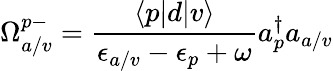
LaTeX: \Omega_{a/v}^{p-}=\frac{\langle p|d|v\rangle}{\epsilon_{a/v}-\epsilon_{p}+\omega}a_{p}^{\dagger}a_{a/v}